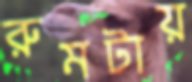
রুমটায়